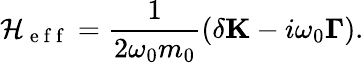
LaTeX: \mathcal{H}_{\mathrm{~e~f~f~}}=\frac{{1}}{{2{\omega_{0}}m_{0}}}\left({\delta\mathbf{K}-i\omega_{0}\mathbf{\Gamma}}\right).